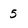
Character: 5